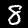
Label: 8